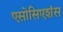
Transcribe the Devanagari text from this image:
एसोसिएशंस